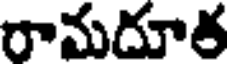
రామదూత